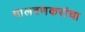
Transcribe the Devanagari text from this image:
मालवणकरांचा